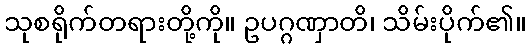
သုစရိုက်တရားတို့ကို။ ဥပဂ္ဂဏှာတိ၊ သိမ်းပိုက်၏။